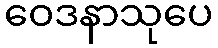
ဝေဒနာသုပေ